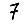
Digit: 7